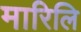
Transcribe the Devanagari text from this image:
मारिलि